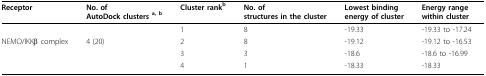
<table><thead><tr><td><b>Receptor</b></td><td><b>No. ofAutoDock clusters <sup>a, b</sup></b></td><td><b>Cluster rank<sup>b</sup></b></td><td><b>No. ofstructures in the cluster</b></td><td><b>Lowest bindingenergy of cluster</b></td><td><b>Energy rangewithin cluster</b></td></tr></thead><tbody><tr><td></td><td></td><td>1</td><td>8</td><td>-19.33</td><td>-19.33 to -17.24</td></tr><tr><td>NEMO/IKKβ complex</td><td>4 (20)</td><td>2</td><td>8</td><td>-19.12</td><td>-19.12 to -16.53</td></tr><tr><td></td><td></td><td>3</td><td>3</td><td>-18.6</td><td>-18.6 to -16.99</td></tr><tr><td></td><td></td><td>4</td><td>1</td><td>-18.33</td><td>-18.33</td></tr></tbody></table>